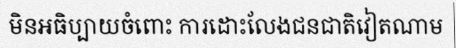
មិនអធិប្បាយចំពោះ ការដោះលែងជនជាតិវៀតណាម